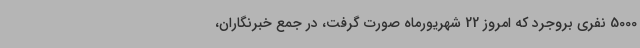
5000 نفری بروجرد که امروز 22 شهریورماه صورت گرفت، در جمع خبرنگاران،